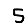
Digit: 5